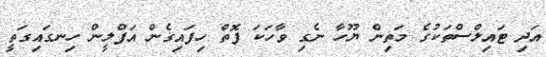
އަދި ޓައިލްސްތަކުގެ މަތިން ޔޫހާ ނެގި ވާހަކަ ފޮތް ހިފައިގެން އަފްލީން ހިނގައިގަތީ